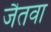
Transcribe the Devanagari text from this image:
जैतवा